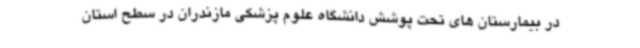
در بیمارستان های تحت پوشش دانشگاه علوم پزشکی مازندران در سطح استان